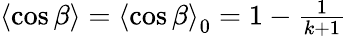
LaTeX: \begin{array}{r}{\left\langle\cos\beta\right\rangle=\left\langle\cos\beta\right\rangle_{0}=1-\frac{1}{k+1}\, }\end{array}